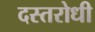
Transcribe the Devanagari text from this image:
दस्तरोधी